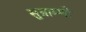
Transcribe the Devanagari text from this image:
सुत्राम्णो